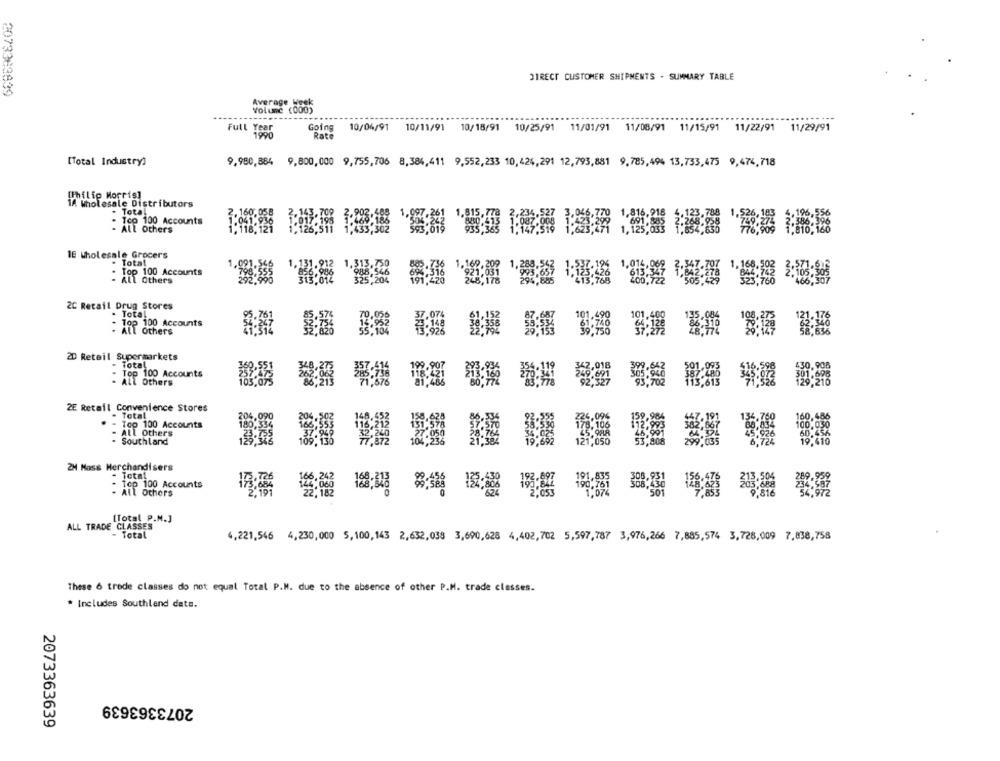
DIRECT CUSTOMER SHIPMENTS - SUMMARY TABLE
2073363639
Average Heck
Volume (000)
Full Year
Going
10/04/91 10/11/91 10/18/91 10/25/91 11/01/91 11/08/91 11/15/91 11/22/91 11/29/91
1990
Rate
[Total Industry)
9,980,884 9,800,000 9,755,706 8,384,411 9,552,233 10,424,291 12,793,881 9,785,494 13,733,475 9,474,718
[Philip Morris]
14 Wholesale Distributors
. Total
- Tco 100 Accounts
- ALL Others
IE Wholesale Grocers
. Total
Top 100 Accounts
- All Others
2C Retail Drug Stores
. Total
- Top 100 Accounts
181-
- All Others
2D Retail Supermarkets
Total
Top 100 Accounts
- ALL Others
2E Retail Convenience Stores
- Total
- Top 100 Accounts
- ALL Others
- Southland
2H Mass Merchandisers
Total
Top 100 Accounts
- ALL Others
168:848
[Total P.N.]
ALL TRADE CLASSES
- Total
4,221,546 4,230,000 5,100,143 2,632,038 3,690,628 4,402,702 5,597,787 3,976,266 7,885,574 3,728,009 7,838,758
These 6 trede classes do not equal Total P.M. due to the absence of other P.M. trade classes.
* Includes Southland data.
2073363639
2073363639